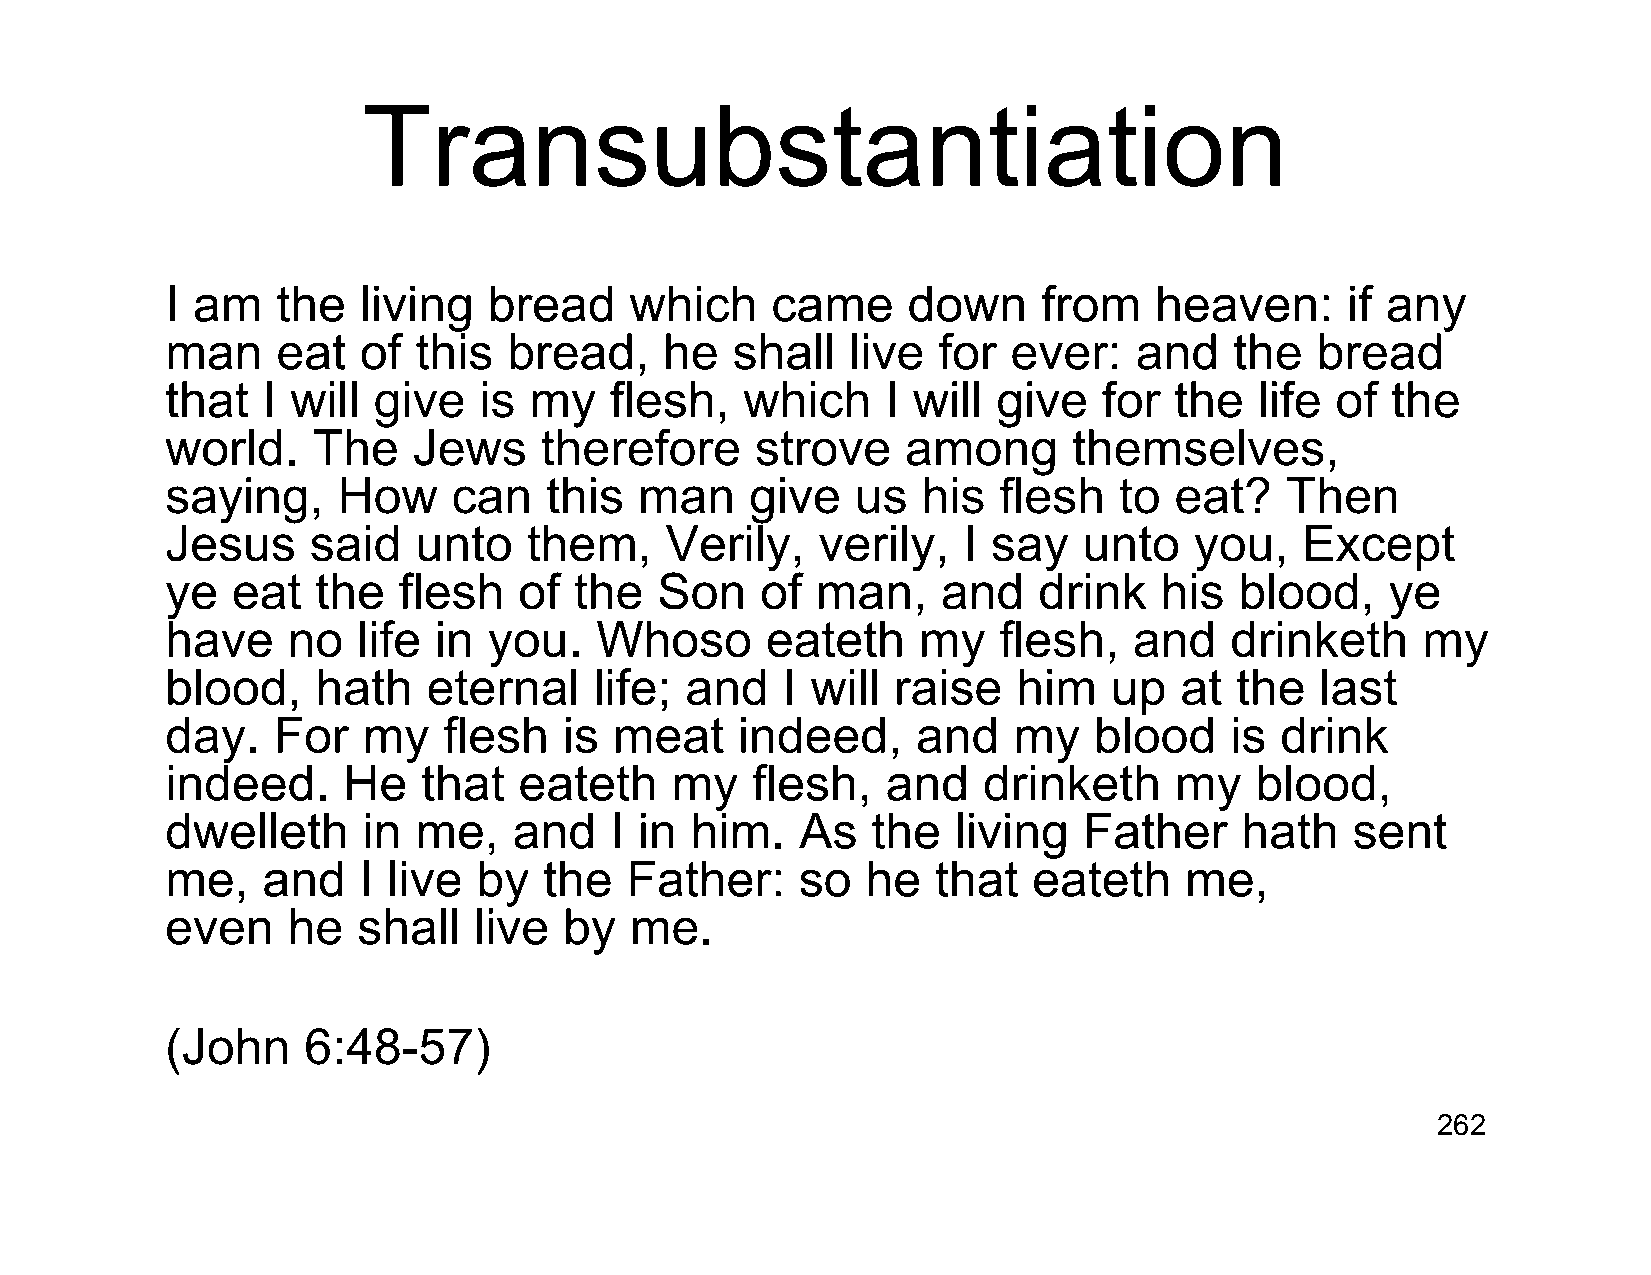
Transubstantiation
 I am   the   living  bread     which    came     down     from   heaven:      if any
 man    eat   of this   bread,    he  shall   live  for  ever:   and    the  bread
 that  I will  give   is my   flesh,   which     I will give   for  the  life of  the
 world.    The   Jews     therefore     strove    among      themselves,
 saying,    How     can   this  man     give   us  his  flesh   to  eat?   Then
 Jesus    said   unto    them,    Verily,   verily,   I say   unto   you,   Except
 ye  eat   the  flesh   of  the  Son    of  man,    and    drink   his  blood,    ye
 have    no   life in you.   Whoso       eateth    my   flesh,   and   drinketh     my
 blood,    hath   eternal    life; and    I will raise   him    up  at  the  last
 day.   For   my   flesh   is  meat    indeed,     and   my   blood    is  drink
 indeed.     He   that  eateth    my    flesh,   and   drinketh     my   blood,
 dwelleth     in me,    and   I in  him.   As   the  living   Father    hath   sent
 me,   and    I live  by  the  Father:     so  he   that  eateth    me,
 even    he   shall  live  by   me.
 (John    6:48-57)
 262